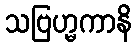
သဗြဟ္မကာနိ